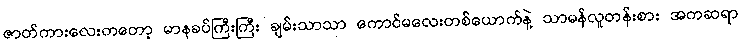
ဇာတ်ကားလေးကတော့ မာနခပ်ကြီးကြီး ချမ်းသာသာ ကောင်မလေးတစ်ယောက်နဲ့ သာမန်လူတန်းစား အကဆရာ